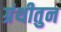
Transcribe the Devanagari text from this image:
ग्रंथीतुन